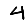
Digit: 4